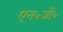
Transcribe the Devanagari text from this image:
एन॰जी॰